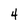
Character: 4